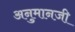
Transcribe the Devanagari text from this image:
अनुमानजी